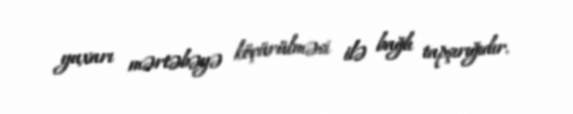
yuxarı mərtəbəyə köçürülməsi ilə bağlı tapşırığıdır.